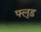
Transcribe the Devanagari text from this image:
फ्लुड